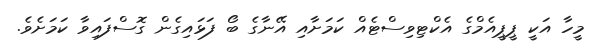
މީހާ އަކީ ޕީޕީއެމްގެ އެކްޓިވިސްޓެއް ކަމަށާއި އޭނާގެ ބޯ ފަޅައިގެން ގޮސްފައިވާ ކަމަށެވެ.